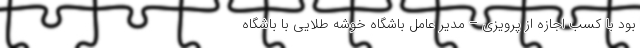
بود با کسب اجازه از پرویزی – مدیر عامل باشگاه خوشه طلایی با باشگاه